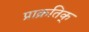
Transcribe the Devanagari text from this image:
प्राक्रतिक्